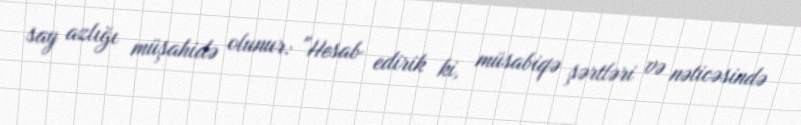
say azlığı müşahidə olunur: "Hesab edirik ki, müsabiqə şərtləri və nəticəsində